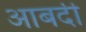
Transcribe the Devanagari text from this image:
आबदी